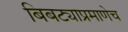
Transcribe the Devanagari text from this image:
बिबट्याप्रमाणेच